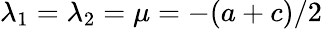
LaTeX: \lambda_{1}=\lambda_{2}=\mu=-(a+c)/2